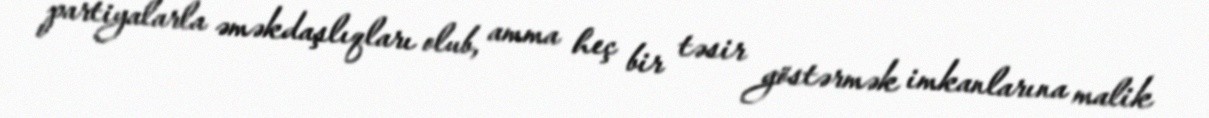
partiyalarla əməkdaşlıqları olub, amma heç bir təsir göstərmək imkanlarına malik